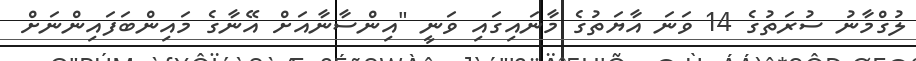
ލުގްމާނު ސުރަތުގެ 14 ވަނަ އާޔަތުގެ މާނައިގައި ވަނީ "އިންސާނާއަށް އޭނާގެ މައިންބަފައިންނަށް